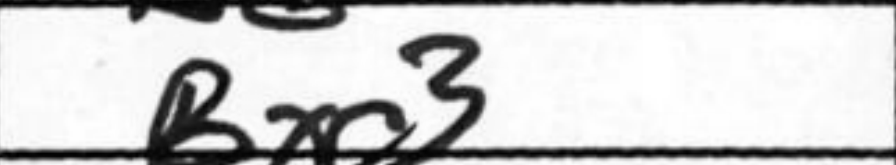
Transcription: Bxc3